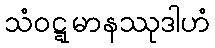
သံဝဋ္ဋမာနဿုဒါဟံ